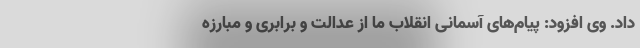
داد. وی افزود: پیام‌های آسمانی انقلاب ما از عدالت و برابری و مبارزه